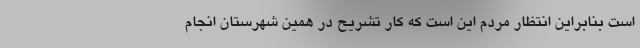
است بنابراین انتظار مردم این است که کار تشریح در همین شهرستان انجام